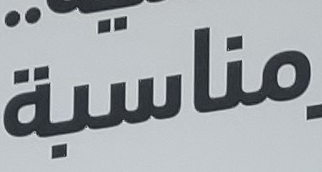
مناسبة